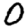
Digit: 0